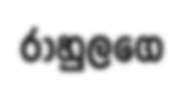
රාහුලගෙ